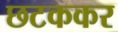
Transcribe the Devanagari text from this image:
छटककर